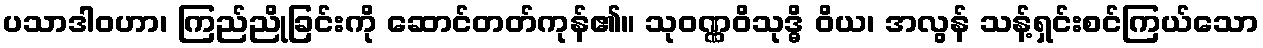
ပသာဒါဝဟာ၊ ကြည်ညိုခြင်းကို ဆောင်တတ်ကုန်၏။ သုဝဏ္ဏဝိသုဒ္ဓိ ဝိယ၊ အလွန် သန့်ရှင်းစင်ကြယ်သော